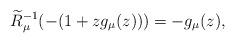
LaTeX: \begin{align*}{\widetilde R}_{\mu}^{-1}(-(1+zg_\mu(z)))=-g_\mu(z),\end{align*}